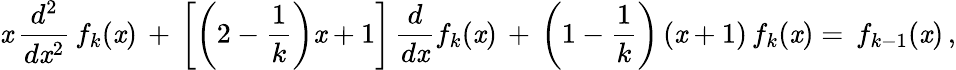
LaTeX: \mathit{x}\, \frac{{d^{2}}}{{d\mathit{x}^{2}}}\, f_{k}(\mathit{x})\, +\, \left[\left(2-\frac{1}{k}\right)\mathit{x}+1\right]\, \frac{d}{{d\mathit{x}}}f_{k}(\mathit{x})\, +\, \left(1-\frac{1}{k}\right)\left(\mathit{x}+1\right)\, f_{k}(\mathit{x})=\, f_{k-1}(\mathit{x})\, ,